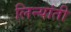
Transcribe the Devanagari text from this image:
लिन्यांती